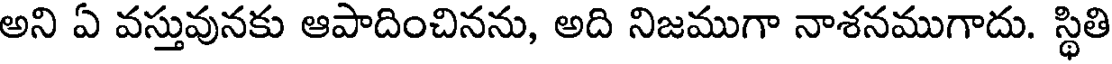
అని ఏ వస్తువునకు ఆపాదించినను, అది నిజముగా నాశనముగాదు. స్థితి